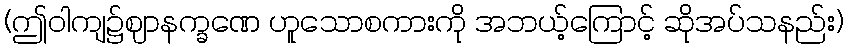
(ဤဝါကျ၌ဈာနက္ခဏေ ဟူသောစကားကို အဘယ့်ကြောင့် ဆိုအပ်သနည်း)